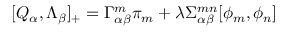
[ Q _ { \alpha } , \Lambda _ { \beta } ] _ { + } = \Gamma _ { \alpha \beta } ^ { m } \pi _ { m } + \lambda \Sigma _ { \alpha \beta } ^ { m n } [ \phi _ { m } , \phi _ { n } ]